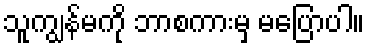
သူကျွန်မကို ဘာစကားမှ မပြောပါ။